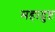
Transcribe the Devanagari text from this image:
महादुष्ट